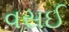
વસઈ